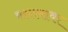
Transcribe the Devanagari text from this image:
वस्तवावर